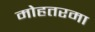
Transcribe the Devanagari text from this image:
मोहतरमा